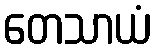
တေသာယံ